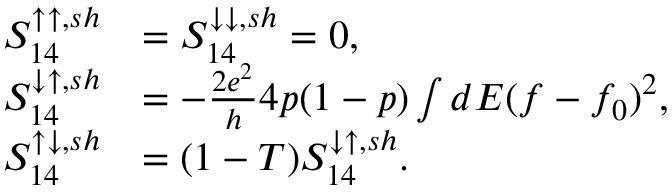
\begin{array} { r l } { { S _ { 1 4 } ^ { \uparrow \uparrow , s h } } } & { { = S _ { 1 4 } ^ { \downarrow \downarrow , s h } = 0 , } } \\ { { S _ { 1 4 } ^ { \downarrow \uparrow , s h } } } & { { = - \frac { 2 e ^ { 2 } } { h } 4 p ( 1 - p ) \int d E ( f - f _ { 0 } ) ^ { 2 } , } } \\ { { S _ { 1 4 } ^ { \uparrow \downarrow , s h } } } & { { = ( 1 - T ) S _ { 1 4 } ^ { \downarrow \uparrow , s h } } . } \end{array}